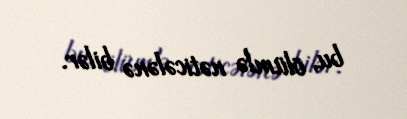
bu, ölümlə nəticələnə bilər.